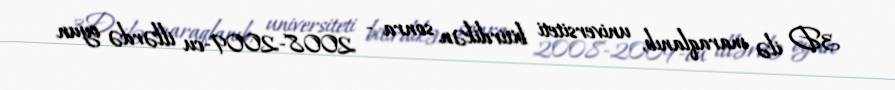
3D ilə maraqlanıb, universiteti bitirdikən sonra - 2008-2009-cu illərdə oyun